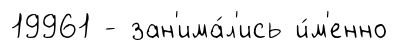
19961 - зан'има́л'ись и́м'енно